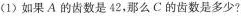
(1)如果A的齿数是42，那么C的齿数是多少?